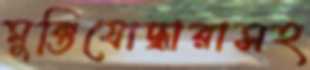
মুক্তিযোদ্ধারাসহ